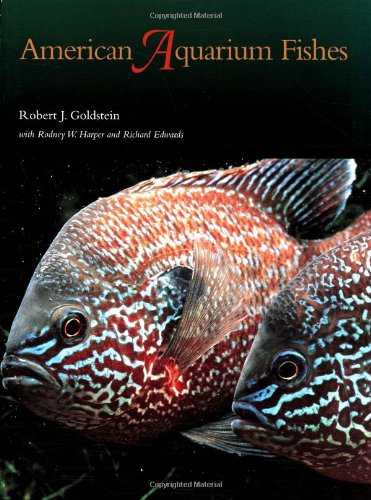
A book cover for American Aquarium Fishes (W. L. Moody Jr. Natural History Series); Robert J. Goldstein; Crafts, Hobbies & Home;